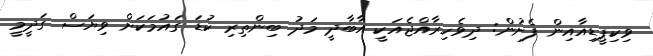
ވިކިޕީޑިއާއިން ފެށުން: ދިވެހިރާއްޖެއަކީ އާބާދީ މަދު ބިންތިރި ކުޑަ ގައުމަކަށް ވިޔަސް ގަދީމީ